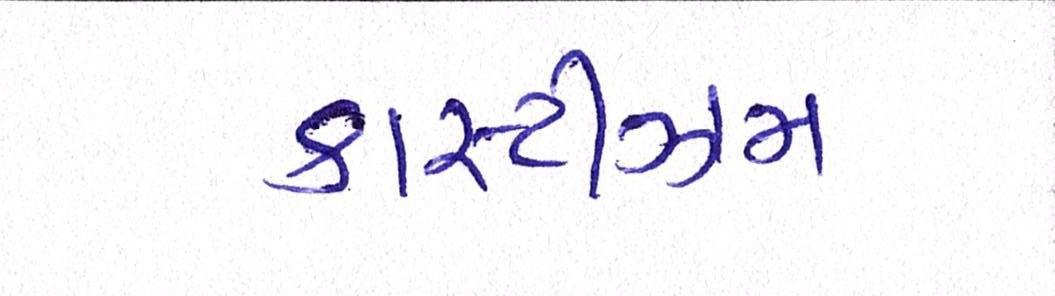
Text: કાસ્ટીઝમ